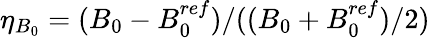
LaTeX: \eta_{B_{0}}=(B_{0}-B_{0}^{ref})/((B_{0}+B_{0}^{ref})/2)